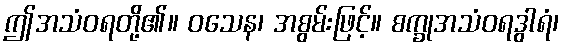
ဤအသံဝရတို့၏။ ဝသေန၊ အစွမ်းဖြင့်။ စက္ခုအသံဝရဒွါရံ၊